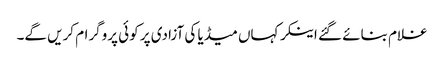
غلام بنائے گئے اینکر کہاں میڈیا کی آزادی پر کوئی پروگرام کریں گے۔